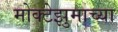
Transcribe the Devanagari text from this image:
मोक्टेझुमाच्या